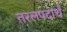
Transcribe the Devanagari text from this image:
तरलपदार्थ